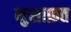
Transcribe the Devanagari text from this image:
मुसाफ़त